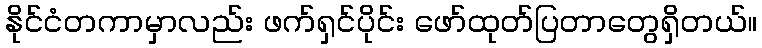
နိုင်ငံတကာမှာလည်း ဖက်ရှင်ပိုင်း ဖော်ထုတ်ပြတာတွေရှိတယ်။